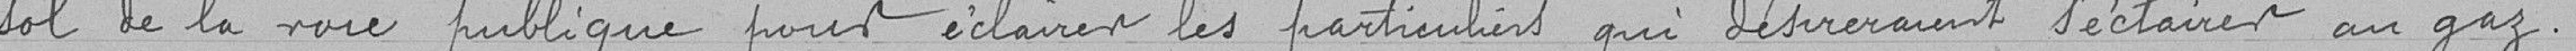
sol de la voie publique pour éclairer les particuliers qui désireraient s'éclairer au gaz.